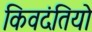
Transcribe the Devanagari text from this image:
किवदंतियो